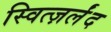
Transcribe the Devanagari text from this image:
स्वित्ज़र्लंद